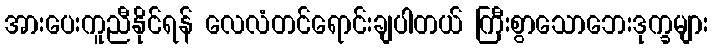
အားပေးကူညီနိုင်ရန် လေလံတင်ရောင်းချပါတယ် ကြီးစွာသောဘေးဒုက္ခများ